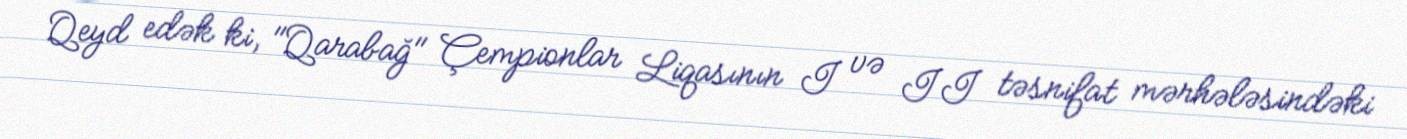
Qeyd edək ki, "Qarabağ" Çempionlar Liqasının I və II təsnifat mərhələsindəki